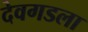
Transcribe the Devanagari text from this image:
देवगडला